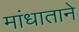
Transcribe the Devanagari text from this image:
मांधाताने